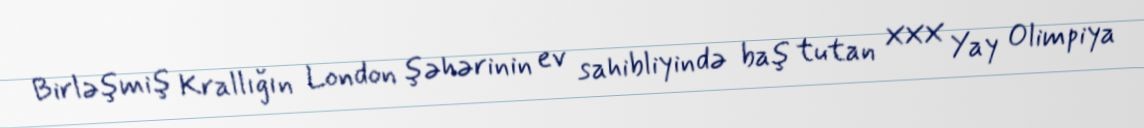
Birləşmiş Krallığın London şəhərinin ev sahibliyində baş tutan XXX Yay Olimpiya